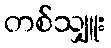
တစ်သျှူး